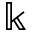
\Bbbk